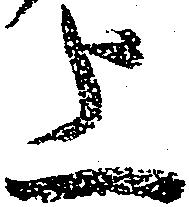
上